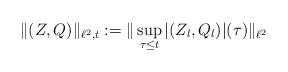
LaTeX: \begin{align*} \|(Z,Q)\|_{\ell^2, t}:= \|\sup_{\tau \leq t} |(Z_{l}, Q_l)|(\tau)\|_{\ell^2} \end{align*}